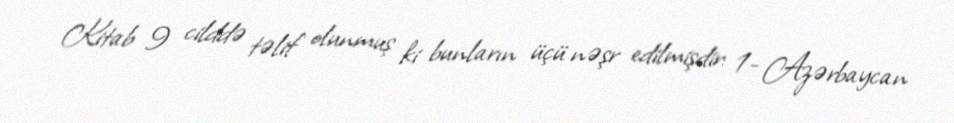
Kitab 9 cilddə təlif olunmuş ki bunların üçü nəşr edilmişdir: 1- Azərbaycan